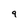
Character: 9